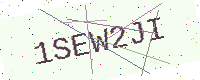
Text: 1SEW2JI